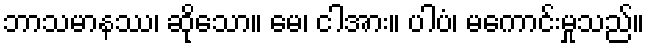
ဘာသမာနဿ၊ ဆိုသော။ မေ၊ ငါအား။ ပါပံ၊ မကောင်းမှုသည်။